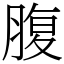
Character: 腹